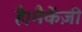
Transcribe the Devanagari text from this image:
है।मैकेंज़ी